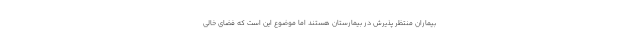
بیماران منتظر پذیرش در بیمارستان هستند اما موضوع این است که فضای خالی